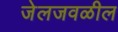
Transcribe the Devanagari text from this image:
जेलजवळील